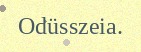
Odüsszeia.